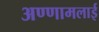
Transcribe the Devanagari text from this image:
अण्णामलाई